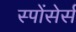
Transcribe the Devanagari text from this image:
स्पोंसेर्स